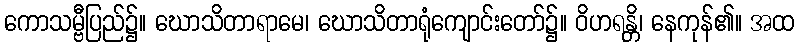
ကောသမ္ဗီပြည်၌။ ဃောသိတာရာမေ၊ ဃောသိတာရုံကျောင်းတော်၌။ ဝိဟရန္တိ၊ နေကုန်၏။ အထ